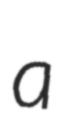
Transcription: a